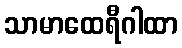
သာမာထေရီဂါထာ